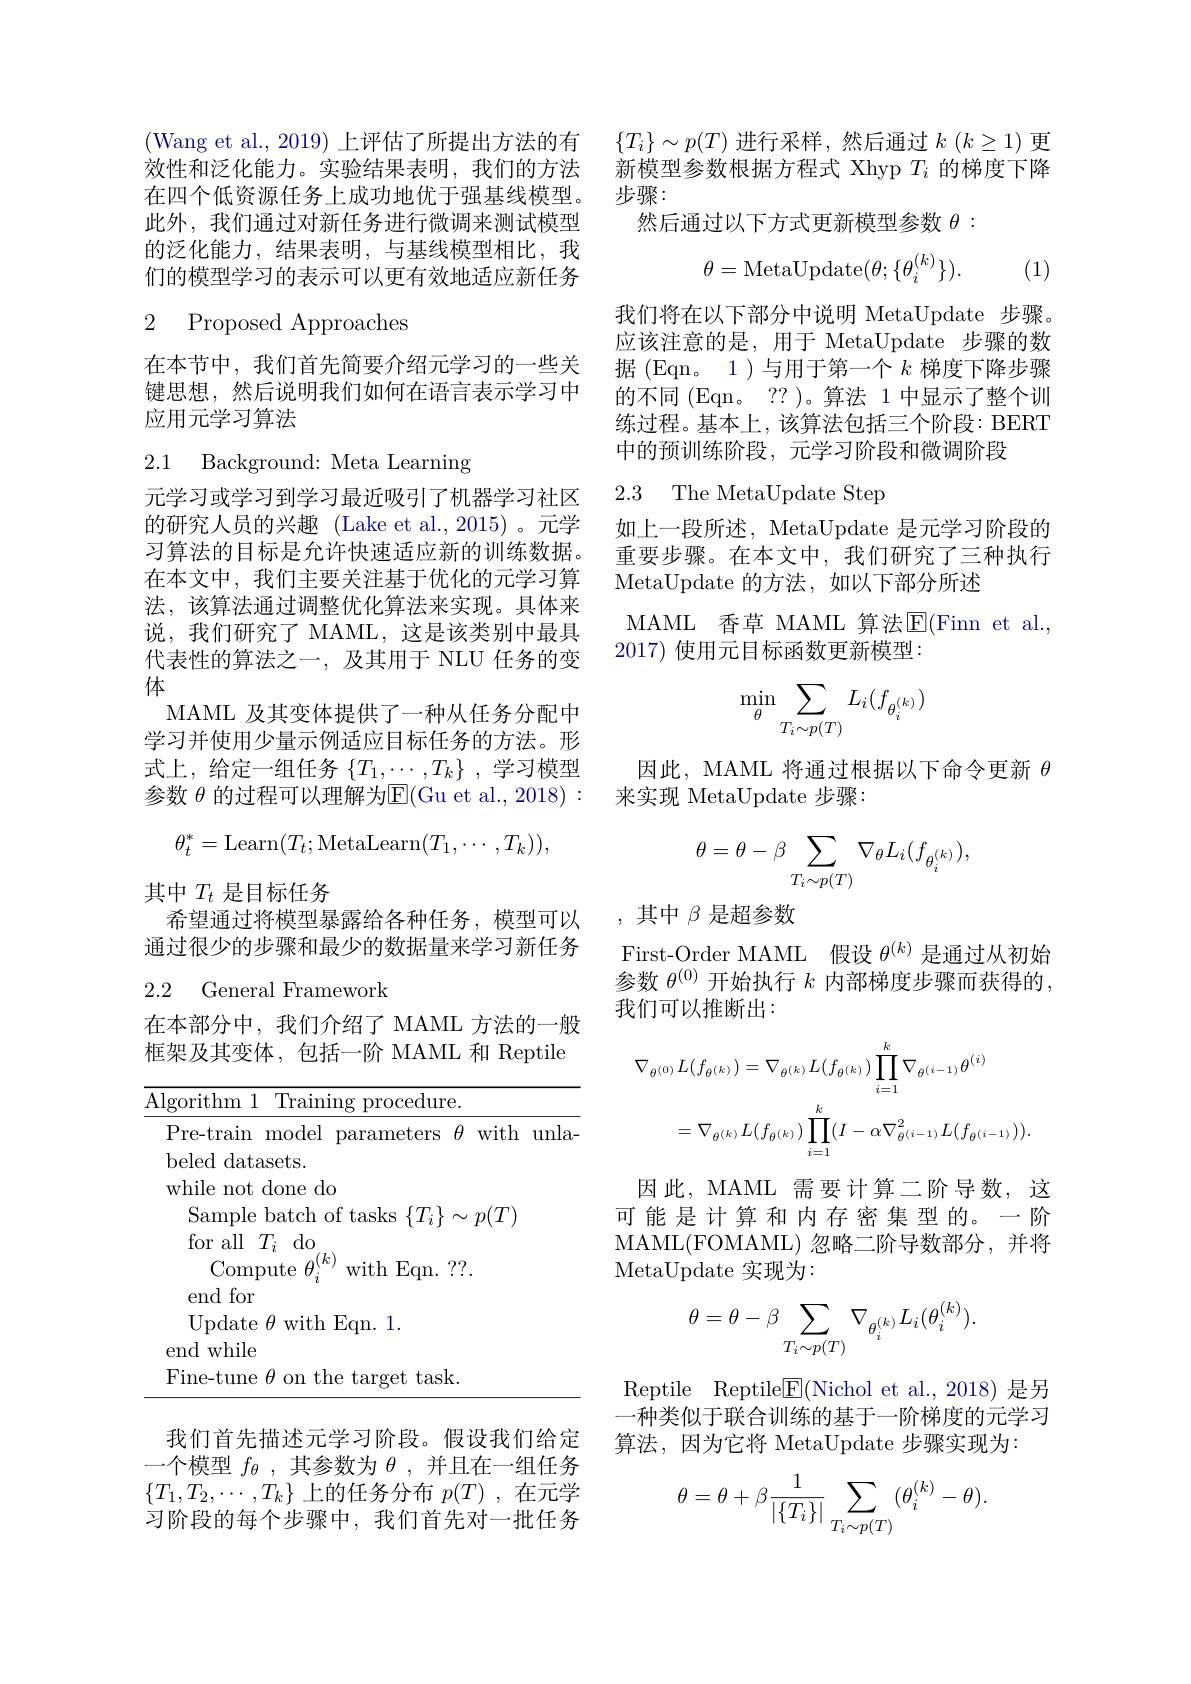
(Wang et al., 2019) 上评估了所提出方法的有效性和泛化能力。实验结果表明，我们的方法在四个低资源任务上成功地优于强基线模型。此外，我们通过对新任务进行微调来测试模型的泛化能力，结果表明，与基线模型相比，我们的模型学习的表示可以更有效地适应新任务

2 Proposed Approaches

在本节中，我们首先简要介绍元学习的一些关键思想，然后说明我们如何在语言表示学习中应用元学习算法

2.1 Background: Meta Learning

元学习或学习到学习最近吸引了机器学习社区的研究人员的兴趣(Lake et al.,2015)。元学习算法的目标是允许快速适应新的训练数据。在本文中，我们主要关注基于优化的元学习算法，该算法通过调整优化算法来实现。具体来说，我们研究了 MAML,这是该类别中最具代表性的算法之一，及其用于 NLU 任务的变体
MAML 及其变体提供了一种从任务分配中学习并使用少量示例适应目标任务的方法。形式上，给定一组任务$\{T_1,\cdots,T_k\}$ ,学习模型参数 $\theta$ 的过程可以理解为E(Gu et al., 2018):
$$\theta_t^*=\mathrm{Learn}(T_t;\mathrm{MetaLearn}(T_1,\cdots,T_k)),$$
其中$T_t$是目标任务
希望通过将模型暴露给各种任务，模型可以通过很少的步骤和最少的数据量来学习新任务

### 2.2 General Framework

在本部分中，我们介绍了 MAML 方法的一般框架及其变体，包括一阶 MAML 和 Reptile

<table>
	<tbody>
		<tr>
			<td>$\operatorname{lgorithm}1$ Training procedure. </td>
			<td> </td>
			<td> </td>
		</tr>
		<tr>
			<td>Fine-tune $\theta$ on the target task.</td>
			<td> </td>
			<td> </td>
		</tr>
	</tbody>
</table>

我们首先描述元学习阶段。假设我们给定一个模型$f_\theta$,其参数为$\theta$,并且在一组任务$\{T_{1},T_{2},\cdots,T_{k}\}$上的任务分布$p(T)$ ,在元学习阶段的每个步骤中，我们首先对一批任务

$\{T_i\}\sim p(T)$ 进行采样，然后通过 $k\left(k\geq1\right)$更新模型参数根据方程式 Xhyp $T_i$的梯度下降步骤：
然后通过以下方式更新模型参数$\theta:$
$$\theta=\text{MetaUpdate}(\theta;\{\theta_i^{(k)}\}).$$
(1)

我们将在以下部分中说明 MetaUpdate 步骤。应该注意的是，用于 MetaUpdate 步骤的数据(Eqn。1)与用于第一个$k$梯度下降步骤的不同(Eqn。??)。算法 1中显示了整个训练过程。基本上，该算法包括三个阶段：BERT 中的预训练阶段，元学习阶段和微调阶段

2.3 The MetaUpdate Step

如上一段所述，MetaUpdate 是元学习阶段的重要步骤。在本文中，我们研究了三种执行MetaUpdate 的方法，如以下部分所述
MAML 香草 MAML 算法$\operatorname{E}($Finn et al.,
2017) 使用元目标函数更新模型：
$$\min_{\theta}\sum_{T_i\sim p(T)}L_i(f_{\theta_i^{(k)}})$$
因此，MAML 将通过根据以下命令更新$\theta$
来实现 MetaUpdate 步骤：
$$\theta=\theta-\beta\sum_{T_i\sim p(T)}\nabla_\theta L_i(f_{\theta_i^{(k)}}),$$
,其中$\beta$是超参数

First-Order MAML 假设$\theta^{(k)}$是通过从初始参数$\theta^{(0)}$开始执行$k$内部梯度步骤而获得的， 我们可以推断出：
$$\begin{aligned}\nabla_{\theta^{(0)}}L(f_{\theta^{(k)}})&=\nabla_{\theta^{(k)}}L(f_{\theta^{(k)}})\prod_{i=1}^{k}\nabla_{\theta^{(i-1)}}\theta^{(i)}\\&=\nabla_{\theta^{(k)}}L(f_{\theta^{(k)}})\prod_{i=1}^{k}(I-\alpha\nabla_{\theta^{(i-1)}}^{2}L(f_{\theta^{(i-1)}})).\end{aligned}$$
因此，MAML 需要计算二阶导数，这可能是计算和内存密集型的。一阶MAML(FOMAML)忽略二阶导数部分，并将MetaUpdate 实现为：
$$\theta=\theta-\beta\sum_{T_i\sim p(T)}\nabla_{\theta_i^{(k)}}L_i(\theta_i^{(k)}).$$
Reptile Reptile$\underline{\mathrm{E}}($Nichol et al.,2018)是另一种类似于联合训练的基于一阶梯度的元学习算法，因为它将 MetaUpdate 步骤实现为：
$$\theta=\theta+\beta\dfrac{1}{|\{T_i\}|}\sum_{T_i\sim p(T)}(\theta_i^{(k)}-\theta).$$